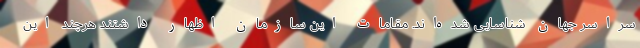
سراسر جهان شناسایی شده‌اند. مقامات این سازمان اظهار داشتند هرچند این